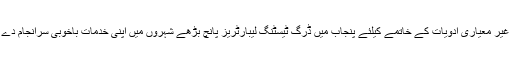
جعلی اور غیر معیاری ادویات کے خاتمے کیلئے پنجاب میں ڈرگ ٹیسٹنگ لیبارٹریز پانچ بڑھے شہروں میں اپنی خدمات باخوبی سرانجام دے رہی ہیں ۔